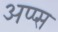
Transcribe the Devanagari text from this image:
अप्प्स